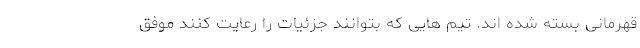
قهرمانی بسته شده اند. تیم هایی که بتوانند جزئیات را رعایت کنند موفق